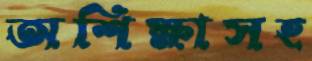
অশিক্ষাসহ